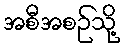
အစီအစဉ်သို့